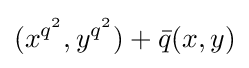
(x^{q^{2}},y^{q^{2}})+{\bar {q}}(x,y)